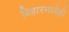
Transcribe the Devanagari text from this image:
बिहारमध्येही